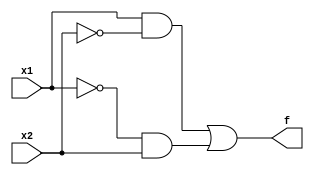
// Michael Rezk - 400312015
// Ninad Thakker- 400357523
module light_example(x1,x2,f);
	input x1, x2;
	output f;
	assign f = (x1 & ~x2)|(~x1 & x2);
endmodule